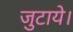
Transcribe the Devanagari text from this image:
जुटाये।